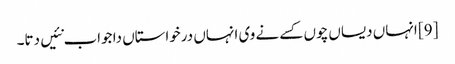
[9] انہاں دیساں چوں کسے نے وی انہاں درخواستاں دا جواب نئیں دتا۔